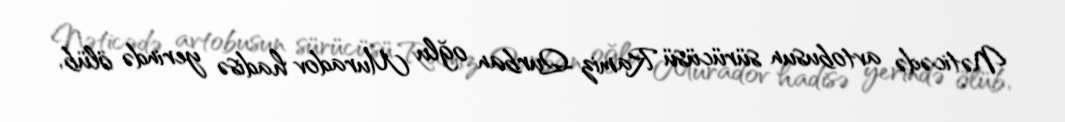
Nəticədə avtobusun sürücüsü Ramiz Qurban oğlu Muradov hadisə yerində ölüb,